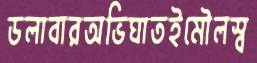
ডলাবারঅভিঘাতইমৌলস্ব